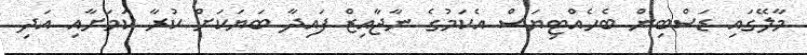
މާލޭގައި ޑަސްބިން ބެހެއްޓިޔަސް އެކަަމުގެ ނާޖާއިޒް ފައިދާ ބަޔަކަށް ކުރާ ކަމަށާއި އަދި